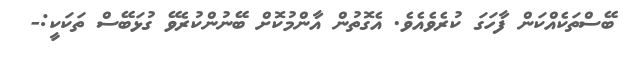
ބޭސްތަކެއްކަން ފާހަގަ ކުރެވެއެވެ. އެގޮތުން އާންމުކޮށް ބޭނުންކުރެވޭ ގުޅަބޭސް ތަކަކީ:-